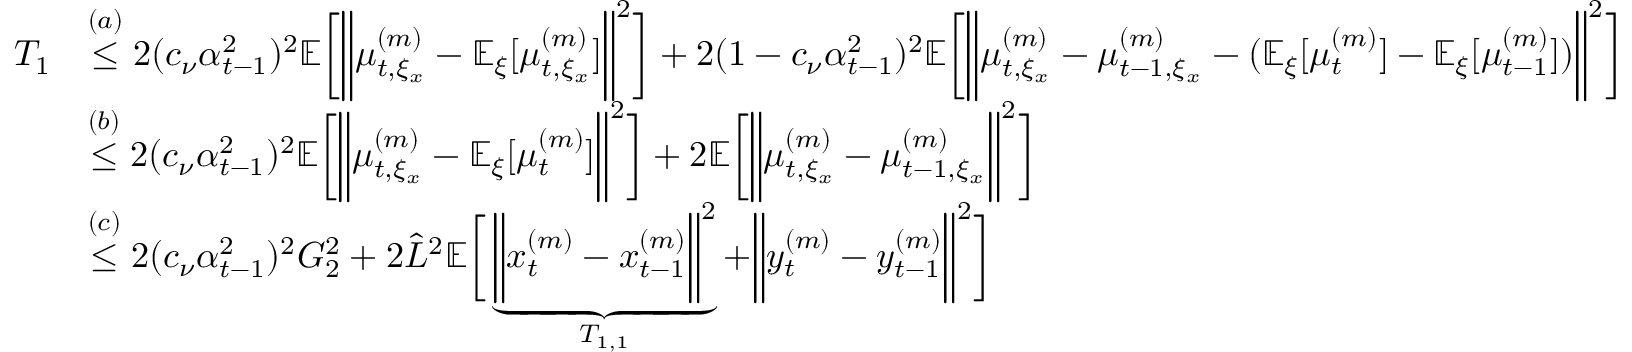
\begin{array} { r l } { T _ { 1 } } & { \overset { ( a ) } { \leq } 2 ( c _ { \nu } \alpha _ { t - 1 } ^ { 2 } ) ^ { 2 } \mathbb { E } \bigg [ \bigg \| \mu _ { t , \xi _ { x } } ^ { ( m ) } - \mathbb { E } _ { \xi } [ \mu _ { t , \xi _ { x } } ^ { ( m ) } ] \bigg \| ^ { 2 } \bigg ] + 2 ( 1 - c _ { \nu } \alpha _ { t - 1 } ^ { 2 } ) ^ { 2 } \mathbb { E } \bigg [ \bigg \| \mu _ { t , \xi _ { x } } ^ { ( m ) } - \mu _ { t - 1 , \xi _ { x } } ^ { ( m ) } - ( \mathbb { E } _ { \xi } [ \mu _ { t } ^ { ( m ) } ] - \mathbb { E } _ { \xi } [ \mu _ { t - 1 } ^ { ( m ) } ] ) \bigg \| ^ { 2 } \bigg ] } \\ & { \overset { ( b ) } { \leq } 2 ( c _ { \nu } \alpha _ { t - 1 } ^ { 2 } ) ^ { 2 } \mathbb { E } \bigg [ \bigg \| \mu _ { t , \xi _ { x } } ^ { ( m ) } - \mathbb { E } _ { \xi } [ \mu _ { t } ^ { ( m ) } ] \bigg \| ^ { 2 } \bigg ] + 2 \mathbb { E } \bigg [ \bigg \| \mu _ { t , \xi _ { x } } ^ { ( m ) } - \mu _ { t - 1 , \xi _ { x } } ^ { ( m ) } \bigg \| ^ { 2 } \bigg ] } \\ & { \overset { ( c ) } { \leq } 2 ( c _ { \nu } \alpha _ { t - 1 } ^ { 2 } ) ^ { 2 } G _ { 2 } ^ { 2 } + 2 \hat { L } ^ { 2 } \mathbb { E } \bigg [ \underbrace { \bigg \| x _ { t } ^ { ( m ) } - x _ { t - 1 } ^ { ( m ) } \bigg \| ^ { 2 } } _ { T _ { 1 , 1 } } + \bigg \| y _ { t } ^ { ( m ) } - y _ { t - 1 } ^ { ( m ) } \bigg \| ^ { 2 } \bigg ] } \end{array}